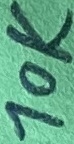
Text: 10K